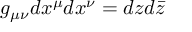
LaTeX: g _ { \mu \nu } d x ^ { \mu } d x ^ { \nu } = d z d { \bar { z } }